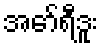
အော်ရီဒူး